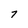
Character: 7